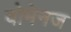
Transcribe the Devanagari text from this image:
वोमेनज